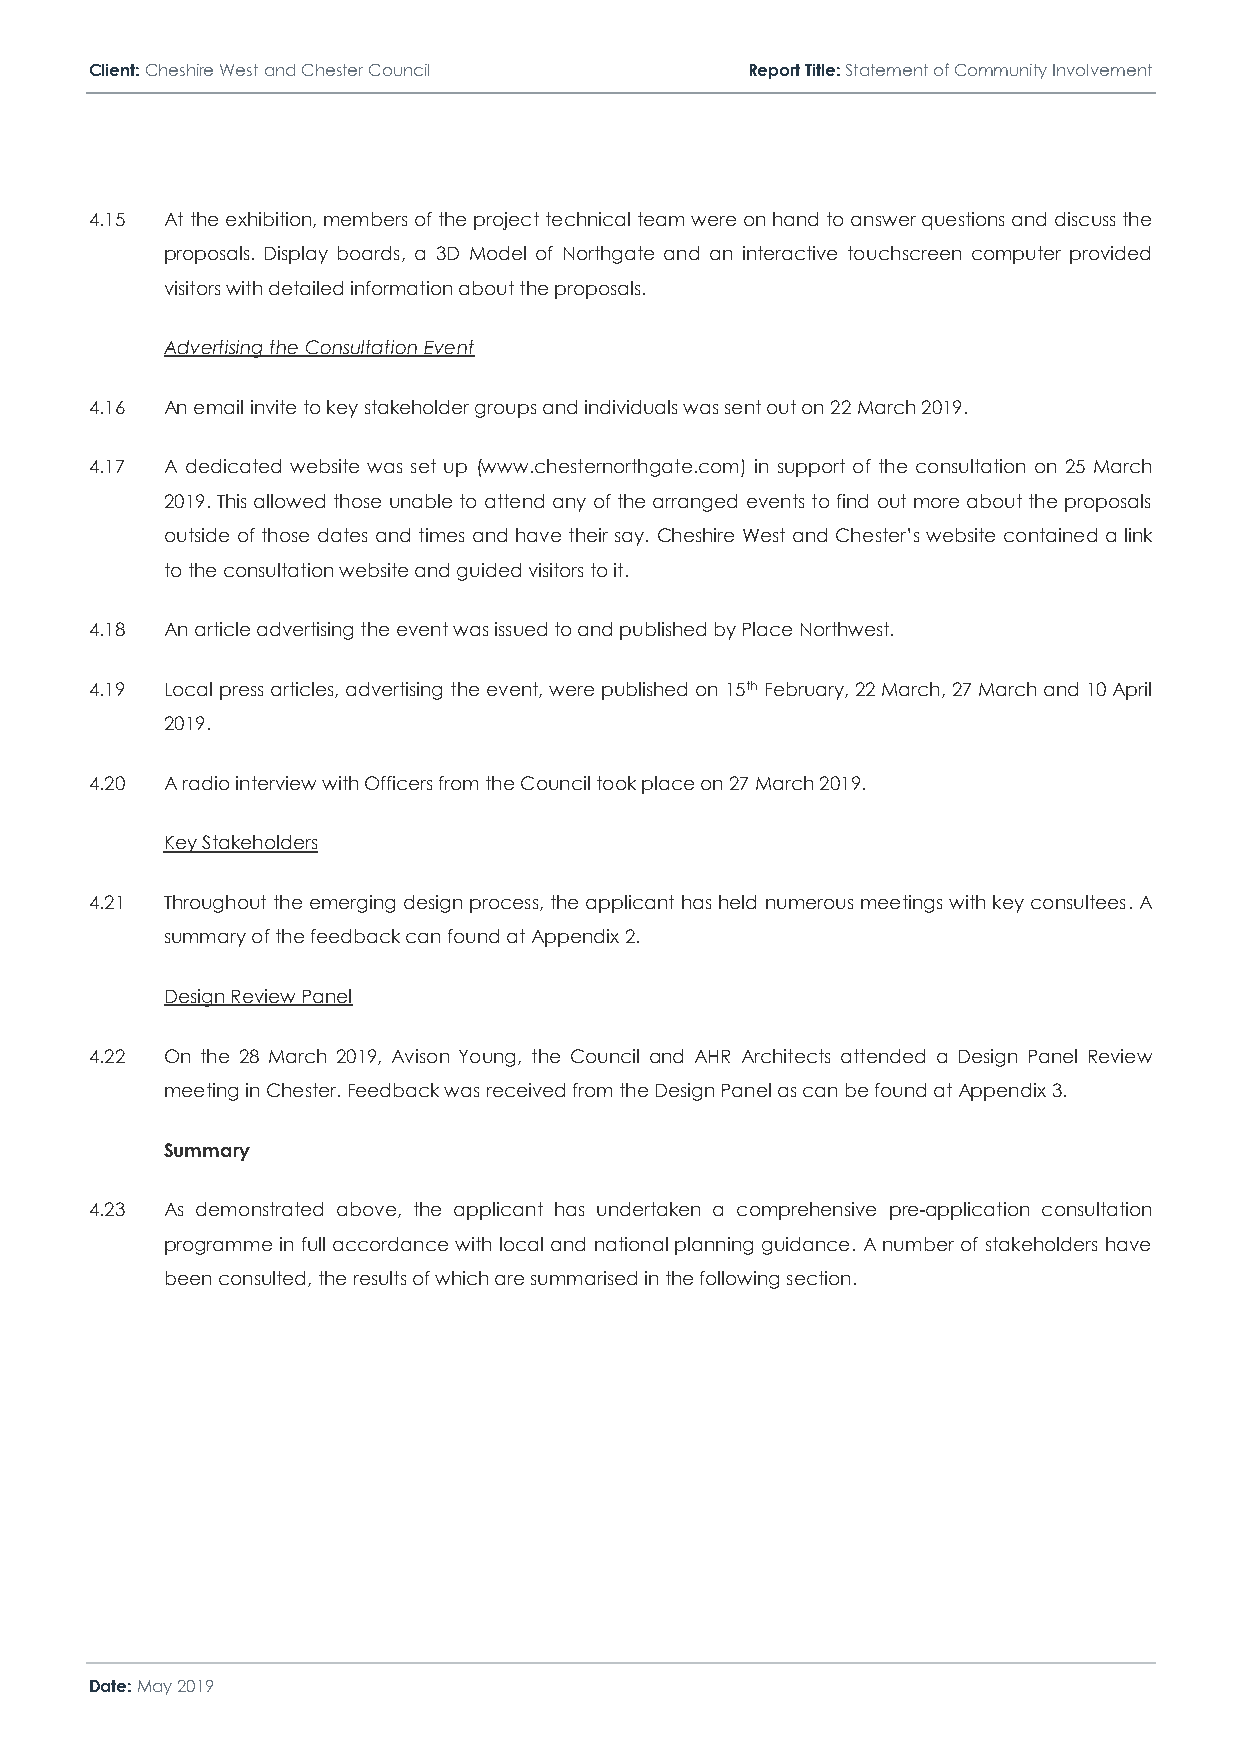
Client: Cheshire West and Chester Council  Report Title: Statement of Community Involvement
 4.15 At the exhibition, members of the project technical team were on hand to answer questions and discuss the
 proposals. Display boards, a 3D Model of Northgate and an interactive touchscreen computer provided
 visitors with detailed information about the proposals.
 Advertising the Consultation Event
 4.16 An email invite to key stakeholder groups and individuals was sent out on 22 March 2019.
 4.17 A dedicated website was set up (www.chesternorthgate.com) in support of the consultation on 25 March
 2019. This allowed those unable to attend any of the arranged events to find out more about the proposals
 outside of those dates and times and have their say. Cheshire West and Chester’s website contained a link
 to the consultation website and guided visitors to it.
 4.18 An article advertising the event was issued to and published by Place Northwest.
 4.19 Local press articles, advertising the event, were published on 15th February, 22 March, 27 March and 10 April
 2019.
 4.20 A radio interview with Officers from the Council took place on 27 March 2019.
 Key Stakeholders
 4.21 Throughout the emerging design process, the applicant has held numerous meetings with key consultees. A
 summary of the feedback can found at Appendix 2.
 Design Review Panel
 4.22 On the 28 March 2019, Avison Young, the Council and AHR Architects attended a Design Panel Review
 meeting in Chester. Feedback was received from the Design Panel as can be found at Appendix 3.
 Summary
 4.23 As demonstrated above, the applicant has undertaken a comprehensive pre-application consultation
 programme in full accordance with local and national planning guidance. A number of stakeholders have
 been consulted, the results of which are summarised in the following section.
 Date: May 2019